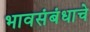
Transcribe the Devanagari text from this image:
भावसंबंधाचे